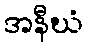
အနီဃံ